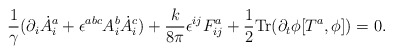
\begin{align*}\frac{1}{\gamma}(\partial_i\dot A^a_i +\epsilon^{abc}A^b_i\dot A^c_i) +\frac{k}{8\pi}\epsilon^{ij}F^a_{ij}+\frac{1}{2}{\rm Tr}(\partial_t\phi [T^a,\phi])=0.\end{align*}